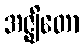
အဇ္ဈိတော